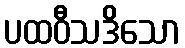
ပထဝီသဒိသော